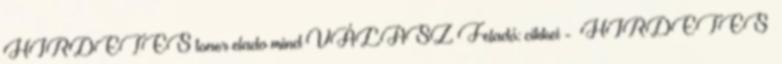
HIRDETES toner elado mind VÁLASZ Feladó: cikkei - HIRDETES